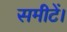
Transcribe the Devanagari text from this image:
समीटें।